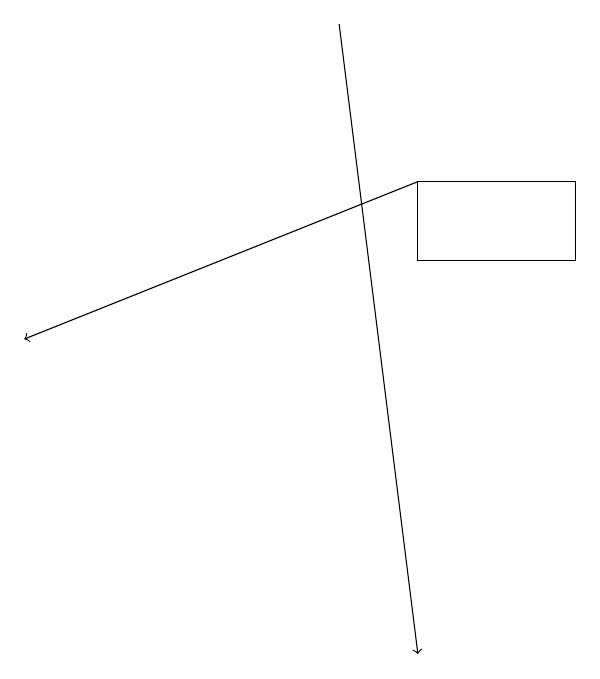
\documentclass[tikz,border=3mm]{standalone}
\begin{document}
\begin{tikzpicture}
\draw[->] (5,18) -- (6,10);
\draw[->] (6,16) -- (1,14);
\draw (6,16) rectangle (8,15);
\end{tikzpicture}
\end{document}